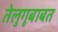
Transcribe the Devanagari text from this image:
तेलुगूबाबत